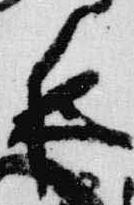
夜